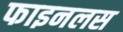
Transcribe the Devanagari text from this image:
फाइनलस